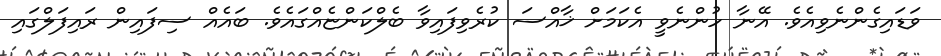
ވަޑައިގެންނެވިއެވެ. އޭނާ ހުންނެވީ އެކަމަށް ޚާއްސަ ކުރެވިފައިވާ ބެލްކަންޏެއްގައެވެ. ބައެއް ސިފައިން ރައިފަލްގައި